Statistical return of the lunatic asylum in Assam - 1912-1932
Year: 1912
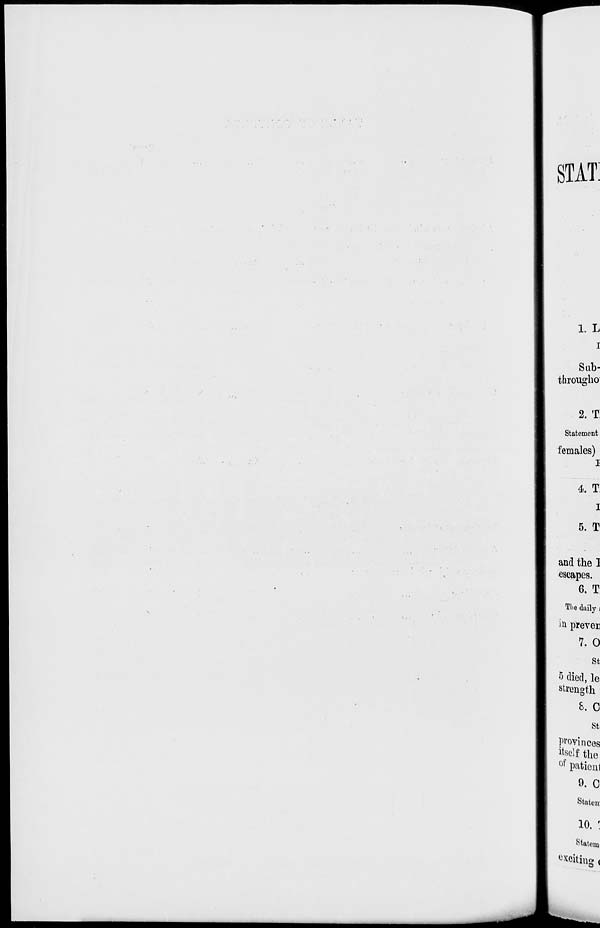
STAT:
i. L
i
Sub-
througho
2. T:
Statement
females)
l
4*. T
I
5. T
and the I
escapes.
6. T
The daily i
*n prever
7. 0
st
5 died, le
strength
&. C
St;
provinces
itself the
of patienl
9. C
Stateir
10. '
Stat em
exoitm OP (